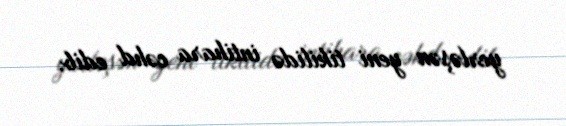
yerləşən yeni tikilidə intihara cəhd edib.